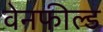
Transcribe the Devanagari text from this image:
वेनफील्ड